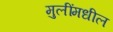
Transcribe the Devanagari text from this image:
मुलींमधील